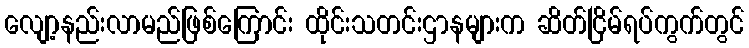
လျော့နည်းလာမည်ဖြစ်ကြောင်း ထိုင်းသတင်းဌာနများက ဆိတ်ငြိမ်ရပ်ကွက်တွင်